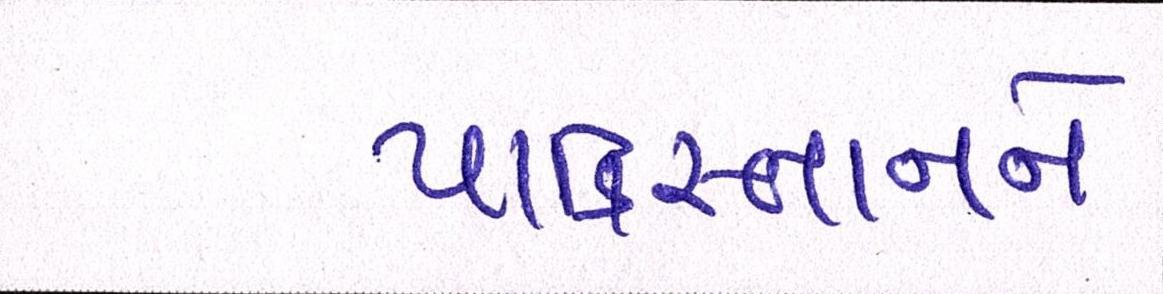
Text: પાકિસ્તાનને